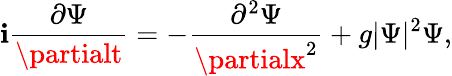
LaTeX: \mathbf{i}\frac{{\partial\Psi}}{{\partialt}}=-\frac{{\partial^{2}\Psi}}{{\partialx^{2}}}+g|\Psi|^{2}\Psi,